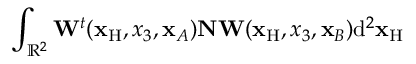
\int _ { { \mathbb { R } } ^ { 2 } } { \bf W } ^ { t } ( { \bf x } _ { \mathrm { H } } , x _ { 3 } , { \bf x } _ { A } ) { \bf N } { \bf W } ( { \bf x } _ { \mathrm { H } } , x _ { 3 } , { \bf x } _ { B } ) \mathrm { d } ^ { 2 } { \bf x } _ { \mathrm { H } }